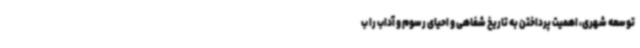
توسعه شهری، اهمیت پرداختن به تاریخ شفاهی و احیای رسوم و آداب را ب